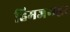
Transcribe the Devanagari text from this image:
हिमजगह्वर